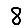
Digit: 8